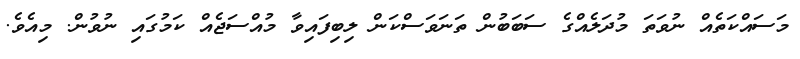
މަސައްކަތެއް ނުވަތަ މުދަލެއްގެ ސަބަބުން ތަނަވަސްކަން ލިބިފައިވާ މުއްސަޖެއް ކަމުގައި ނުވުން. މިއެވެ.